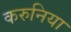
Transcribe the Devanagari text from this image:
करुनिया